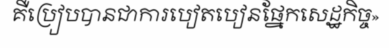
គឺប្រៀបបានជាការបៀតបៀនផ្នែកសេដ្ឋកិច្ច»